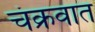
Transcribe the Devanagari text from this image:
चंक्रवात